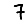
Digit: 7